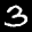
Label: 3